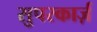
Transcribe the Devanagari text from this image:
सुपरकार्ज़